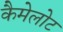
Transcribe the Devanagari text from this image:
कैमेलोट